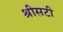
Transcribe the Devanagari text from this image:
श्रीसटी